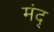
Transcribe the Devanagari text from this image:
मंद्